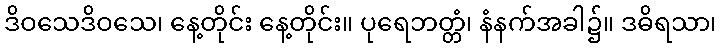
ဒိဝသေဒိဝသေ၊ နေ့တိုင်း နေ့တိုင်း။ ပုရေဘတ္တံ၊ နံနက်အခါ၌။ ဒဓိရသာ၊